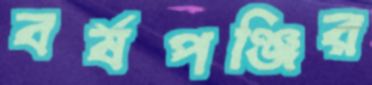
বর্ষপঞ্জির